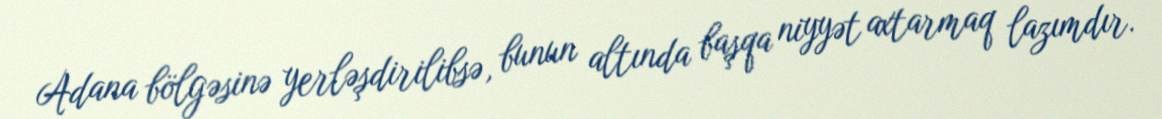
Adana bölgəsinə yerləşdirilibsə, bunun altında başqa niyyət axtarmaq lazımdır.